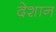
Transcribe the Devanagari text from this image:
देशान